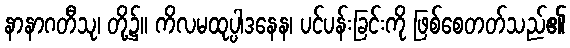
နာနာဂတီသု၊ တို့၌။ ကိလမထုပ္ပါဒနေန၊ ပင်ပန်းခြင်းကို ဖြစ်စေတတ်သည်၏